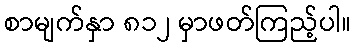
စာမျက်နှာ ၈၁၂ မှာဖတ်ကြည့်ပါ။